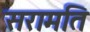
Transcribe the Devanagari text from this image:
सरामति